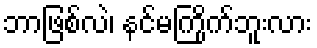
ဘာဖြစ်လဲ၊ နင်မကြိုက်ဘူးလား